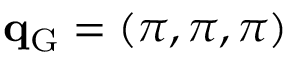
\mathbf { q } _ { \mathrm { G } } = ( \pi , \pi , \pi )